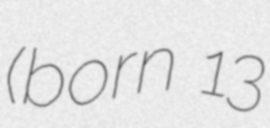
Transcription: (born 13